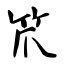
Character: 笊